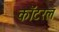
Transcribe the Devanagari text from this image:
कॉटरल